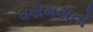
ધસમસતો